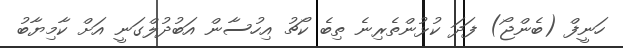
ހަނީފް (ބެންޖޯ) ފަދަ ކުޅުންތެރިނެ ތިބެ ކޯޗު އިހުސާން އަބުދުލްގަނީ އަށް ކާމިޔާބު